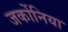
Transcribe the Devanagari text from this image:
जर्कोनिया